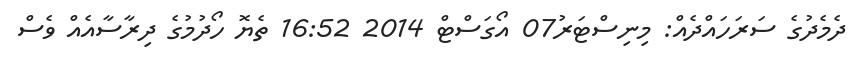
ދެމެދުގެ ސަރަހައްދެއް: މިނިސްޓަރު07 އޯގަސްޓް 2014 16:52 ތެޔޮ ހޯދުމުގެ ދިރާސާއެއް ވެސް